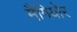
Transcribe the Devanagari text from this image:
मैगियोर